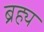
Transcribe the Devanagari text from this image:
ब्रह्य